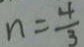
n = \frac { 4 } { 3 }